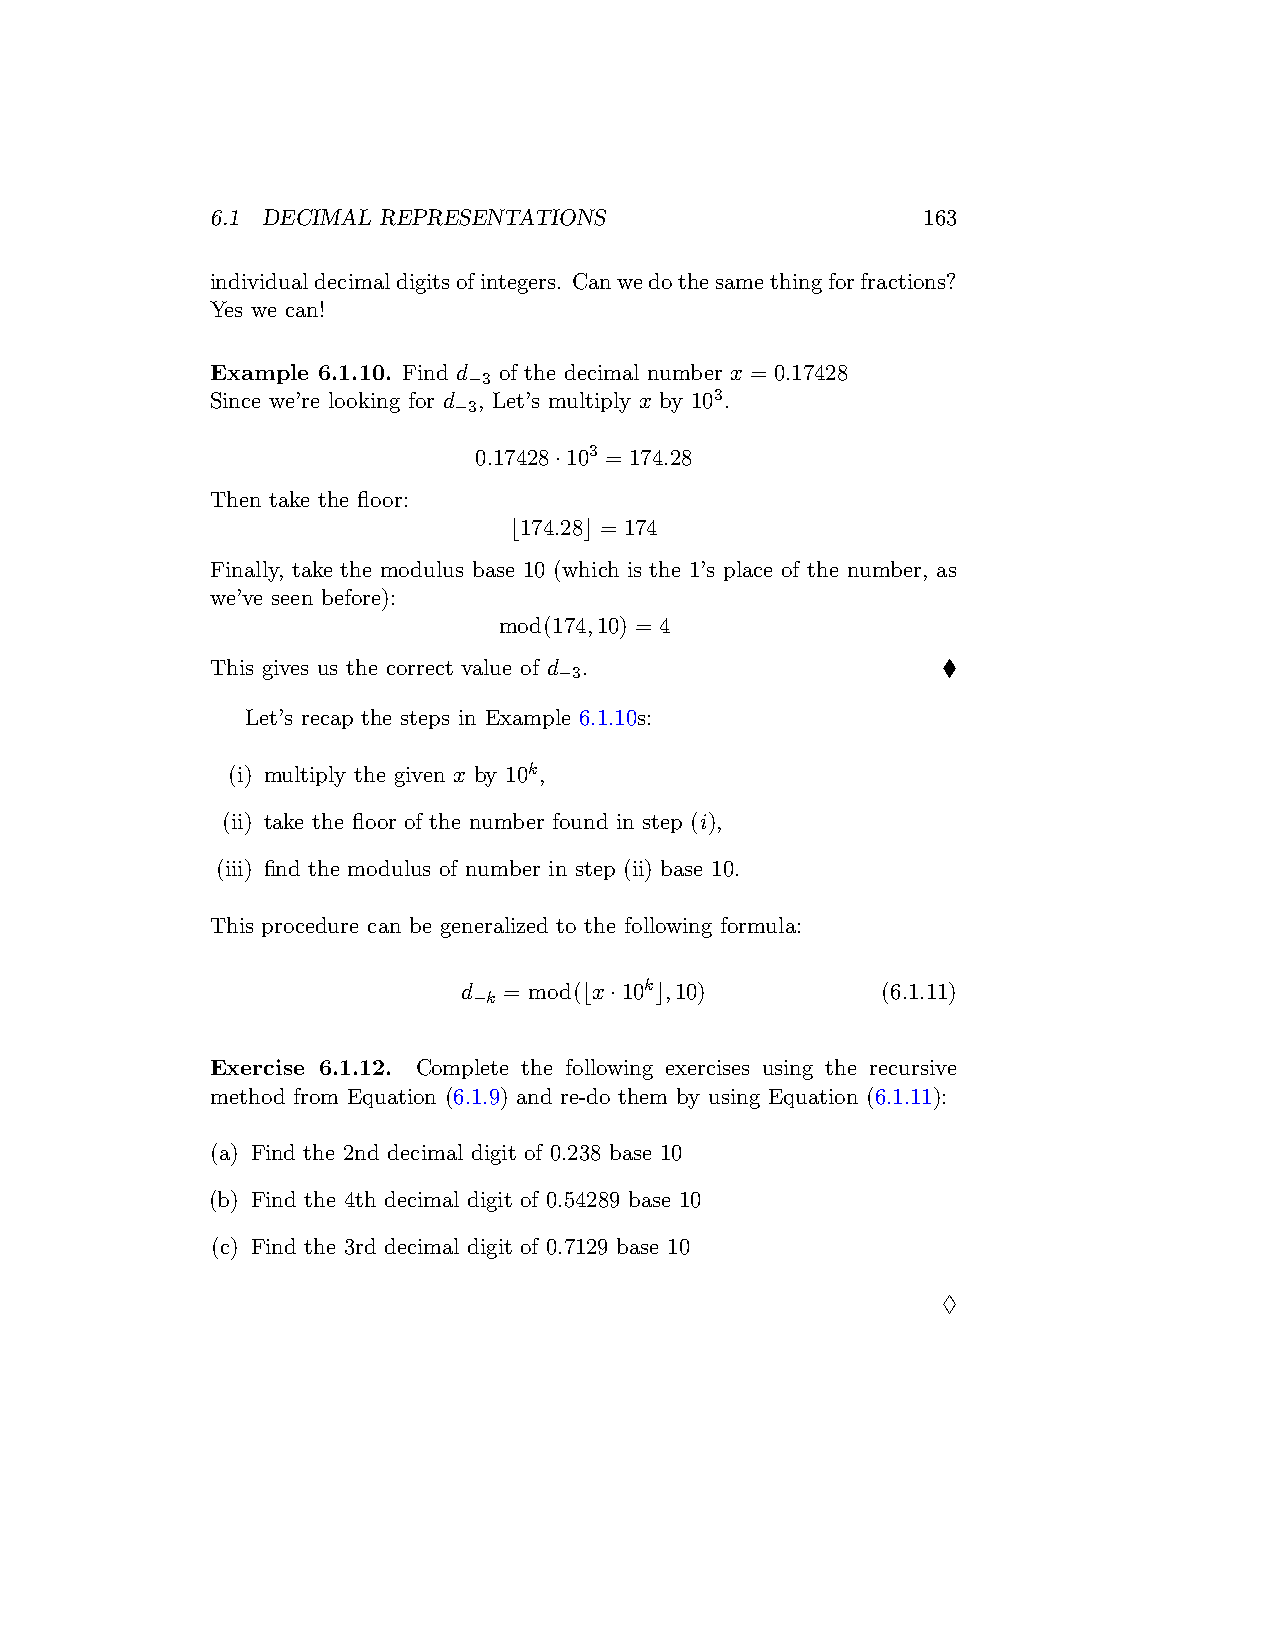
6.1 DECIMAL REPRESENTATIONS                    163
 individualdecimaldigitsofintegers. Canwedothesamethingforfractions?
 Yes we can!
 Example 6.1.10. Find d of the decimal number x = 0.17428
 −3
 Since we’re looking for d , Let’s multiply x by 103.
 −3
 0.17428·103 = 174.28
 Then take the floor:
 ⌊174.28⌋ = 174
 Finally, take the modulus base 10 (which is the 1’s place of the number, as
 we’ve seen before):
 mod(174,10) = 4
 This gives us the correct value of d .          ♦
 −3
 Let’s recap the steps in Example 6.1.10s:
 (i) multiply the given x by 10k,
 (ii) take the floor of the number found in step (i),
 (iii) find the modulus of number in step (ii) base 10.
 This procedure can be generalized to the following formula:
 d = mod(⌊x·10k⌋,10)        (6.1.11)
 −k
 Exercise 6.1.12. Complete the following exercises using the recursive
 method from Equation (6.1.9) and re-do them by using Equation (6.1.11):
 (a) Find the 2nd decimal digit of 0.238 base 10
 (b) Find the 4th decimal digit of 0.54289 base 10
 (c) Find the 3rd decimal digit of 0.7129 base 10
 ♢